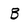
Character: B